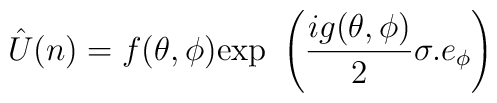
\hat{U}(n) = f(\theta ,\phi ) \mbox{exp} \ \left(\frac{ig(\theta ,\phi )}{2}\sigma .e_{\phi}\right)